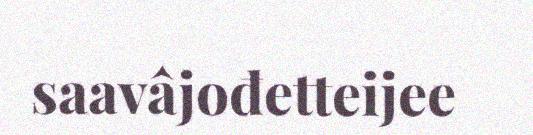
saavâjođetteijee